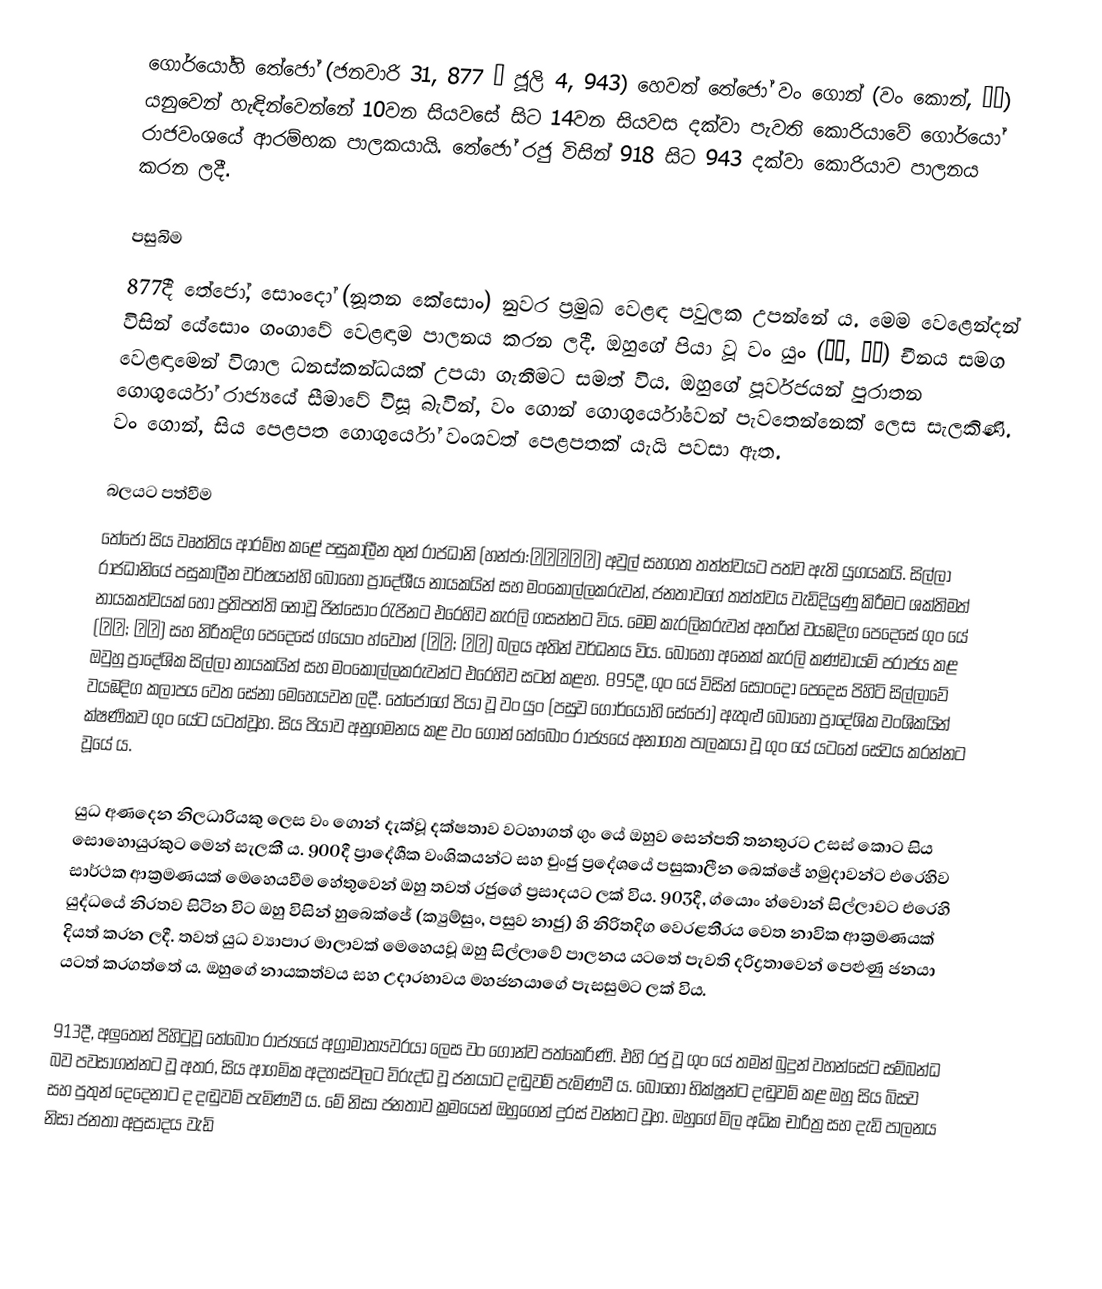
ගොර්යෝහි තේජෝ (ජනවාරි 31, 877 – ජූලි 4, 943) හෙවත් තේජෝ වං ගොන් (වං කොන්, 왕건) යනුවෙන් හැඳින්වෙන්නේ 10වන සියවසේ සිට 14වන සියවස දක්වා පැවති කොරියාවේ ගොර්යෝ රාජවංශයේ ආරම්භක පාලකයායි. තේජෝ රජු විසින් 918 සිට 943 දක්වා කොරියාව පාලනය කරන ලදී.

පසුබිම
877දී තේජෝ, සොංදෝ (නූතන කේසොං) නුවර ප්‍රමුඛ වෙළඳ පවුලක උපන්නේ ය. මෙම වෙළෙන්දන් විසින් යේසොං ගංගාවේ වෙළඳාම පාලනය කරන ලදී. ඔහුගේ පියා වූ වං යුං (왕륭, 王隆) චීනය සමග වෙළඳාමෙන් විශාල ධනස්කන්ධයක් උපයා ගැනීමට සමත් විය. ඔහුගේ පූර්වජයන් පුරාතන ගොගුර්යෝ රාජ්‍යයේ සීමාවේ විසූ බැවින්, වං ගොන් ගොගුර්යෝවෙන් පැවතෙන්නෙක් ලෙස සැලකිණි. වං ගොන්, සිය පෙළපත ගොගුර්යෝ වංශවත් පෙළපතක් යැයි පවසා ඇත.

බලයට පත්වීම
තේජෝ සිය වෘත්තිය ආරම්භ කළේ පසුකාලීන තුන් රාජධානි (හන්ජා:後三國時代) අවුල් සහගත තත්ත්වයට පත්ව ඇති යුගයකයි. සිල්ලා රාජධානියේ පසුකාලීන වර්ෂයන්හි බොහෝ ප්‍රාදේශීය නායකයින් සහ මංකොල්ලකරුවන්, ජනතාවගේ තත්ත්වය වැඩිදියුණු කිරීමට ශක්තිමත් නායකත්වයක් හෝ ප්‍රතිපත්ති නොවූ ජින්සොං රැජිනට එරෙහිව කැරලි ගසන්නට විය. මෙම කැරලිකරුවන් අතරින් වයඹදිග පෙදෙසේ ගුං යේ (궁예; 弓裔) සහ නිරිතදිග පෙදෙසේ ග්යොං හ්වොන් (견훤; 甄萱) බලය අතින් වර්ධනය විය. බොහෝ අනෙක් කැරලි කණ්ඩායම් පරාජය කළ ඔවුහු ප්‍රාදේශික සිල්ලා නායකයින් සහ මංකොල්ලකරුවන්ට එරෙහිව සටන් කළහ. 895දී, ගුං යේ විසින් සොංදෝ පෙදෙස පිහිටි සිල්ලාවේ වයඹදිග කලාපය වෙත සේනා මෙහෙයවන ලදී. තේජෝගේ පියා වූ වං යුං (පසුව ගොර්යෝහි සේජෝ) ඇතුළු බොහෝ ප්‍රාදේශික වංශිකයින් ක්ෂණිකව ගුං යේට යටත්වූහ. සිය පියාව අනුගමනය කළ වං ගොන් තේබොං රාජ්‍යයේ අනාගත පාලකයා වූ ගුං යේ යටතේ සේවය කරන්නට වූයේ ය.

යුධ අණදෙන නිලධාරියකු ලෙස වං ගොන් දැක්වූ දක්ෂතාව වටහාගත් ගුං යේ ඔහුව සෙන්පති තනතුරට උසස් කොට සිය සොහොයුරකුට මෙන් සැලකී ය. 900දී ප්‍රාදේශීක වංශිකයන්ට සහ චුංජු ප්‍රදේශයේ පසුකාලීන බෙක්ජේ හමුදාවන්ට එරෙහිව සාර්ථක ආක්‍රමණයක් මෙහෙයවීම හේතුවෙන් ඔහු තවත් රජුගේ ප්‍රසාදයට ලක් විය. 903දී, ග්යොං හ්වොන් සිල්ලාවට එරෙහි යුද්ධයේ නිරතව සිටින විට ඔහු විසින් හුබෙක්ජේ (ක්‍යුම්සුං, පසුව නාජු) හි නිරිතදිග වෙරළතීරය වෙත නාවික ආක්‍රමණයක් දියත් කරන ලදී. තවත් යුධ ව්‍යාපාර මාලාවක් මෙහෙයවූ ඔහු සිල්ලාවේ පාලනය යටතේ පැවති දරිද්‍රතාවෙන් පෙළුණු ජනයා යටත් කරගත්තේ ය. ඔහුගේ නායකත්වය සහ උදාරභාවය මහජනයාගේ පැසසුමට ලක් විය.

913දී, අලුතෙන් පිහිටුවූ තේබොං රාජ්‍යයේ අග්‍රාමාත්‍යවරයා ලෙස වං ගොන්ව පත්කෙරිණි. එහි රජු වූ ගුං යේ තමන් බුදුන් වහන්සේට සම්බන්ධ බව පවසාගන්නට වූ අතර, සිය ආගමික අදහස්වලට විරුද්ධ වූ ජනයාට දඬුවම් පැමිණවී ය. බොහෝ භික්ෂූන්ට දඬුවම් කළ ඔහු සිය බිසව සහ පුතුන් දෙදෙනාට ද දඬුවම් පැමිණවී ය. මේ නිසා ජනතාව ක්‍රමයෙන් ඔහුගෙන් දුරස් වන්නට වූහ. ඔහුගේ මිල අධික චාරිත්‍ර සහ දැඩි පාලනය නිසා ජනතා අප්‍රසාදය වැඩි